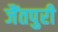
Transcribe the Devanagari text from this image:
जैंतपुरी